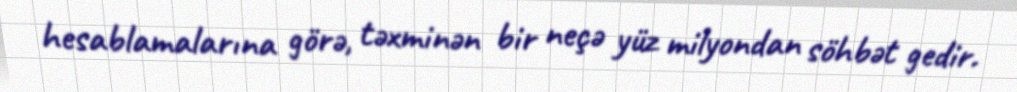
hesablamalarına görə, təxminən bir neçə yüz milyondan söhbət gedir.